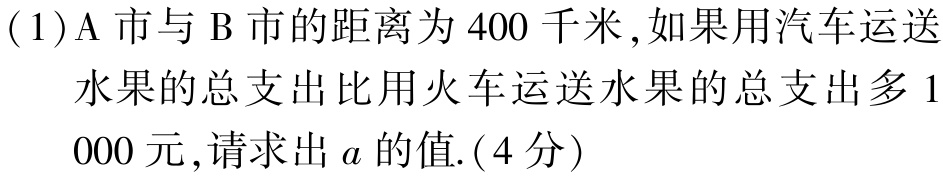
(1)A市与B市的距离为400千米,如果用汽车运送水果的总支出比用火车运送水果的总支出多1 000元,请求出\(a\)的值.(4分)